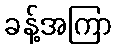
ခန့်အကြာ